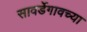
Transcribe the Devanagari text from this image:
सावर्डेगावच्या